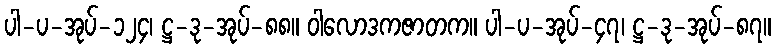
ပါ-ပ-အုပ်-၁၂၄၊ ဋ္ဌ-ဒု-အုပ်-၈၈။ ဝါလောဒကဇာတက။ ပါ-ပ-အုပ်-၄၇၊ ဋ္ဌ-ဒု-အုပ်-၈၇။